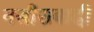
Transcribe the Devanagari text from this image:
नसीराबादी